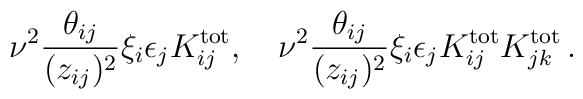
\nu^2{\theta_{ij}\over (z_{ij})^2}\xi_i\epsilon_jK_{ij}^{\rm tot},\quad\nu^2 {\theta_{ij}\over (z_{ij})^2}\xi_i\epsilon_j K_{ij}^{\rm tot}K_{jk}^{\rm tot}\,.